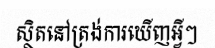
ស្ថិតនៅត្រង់ការឃើញអ្វីៗ